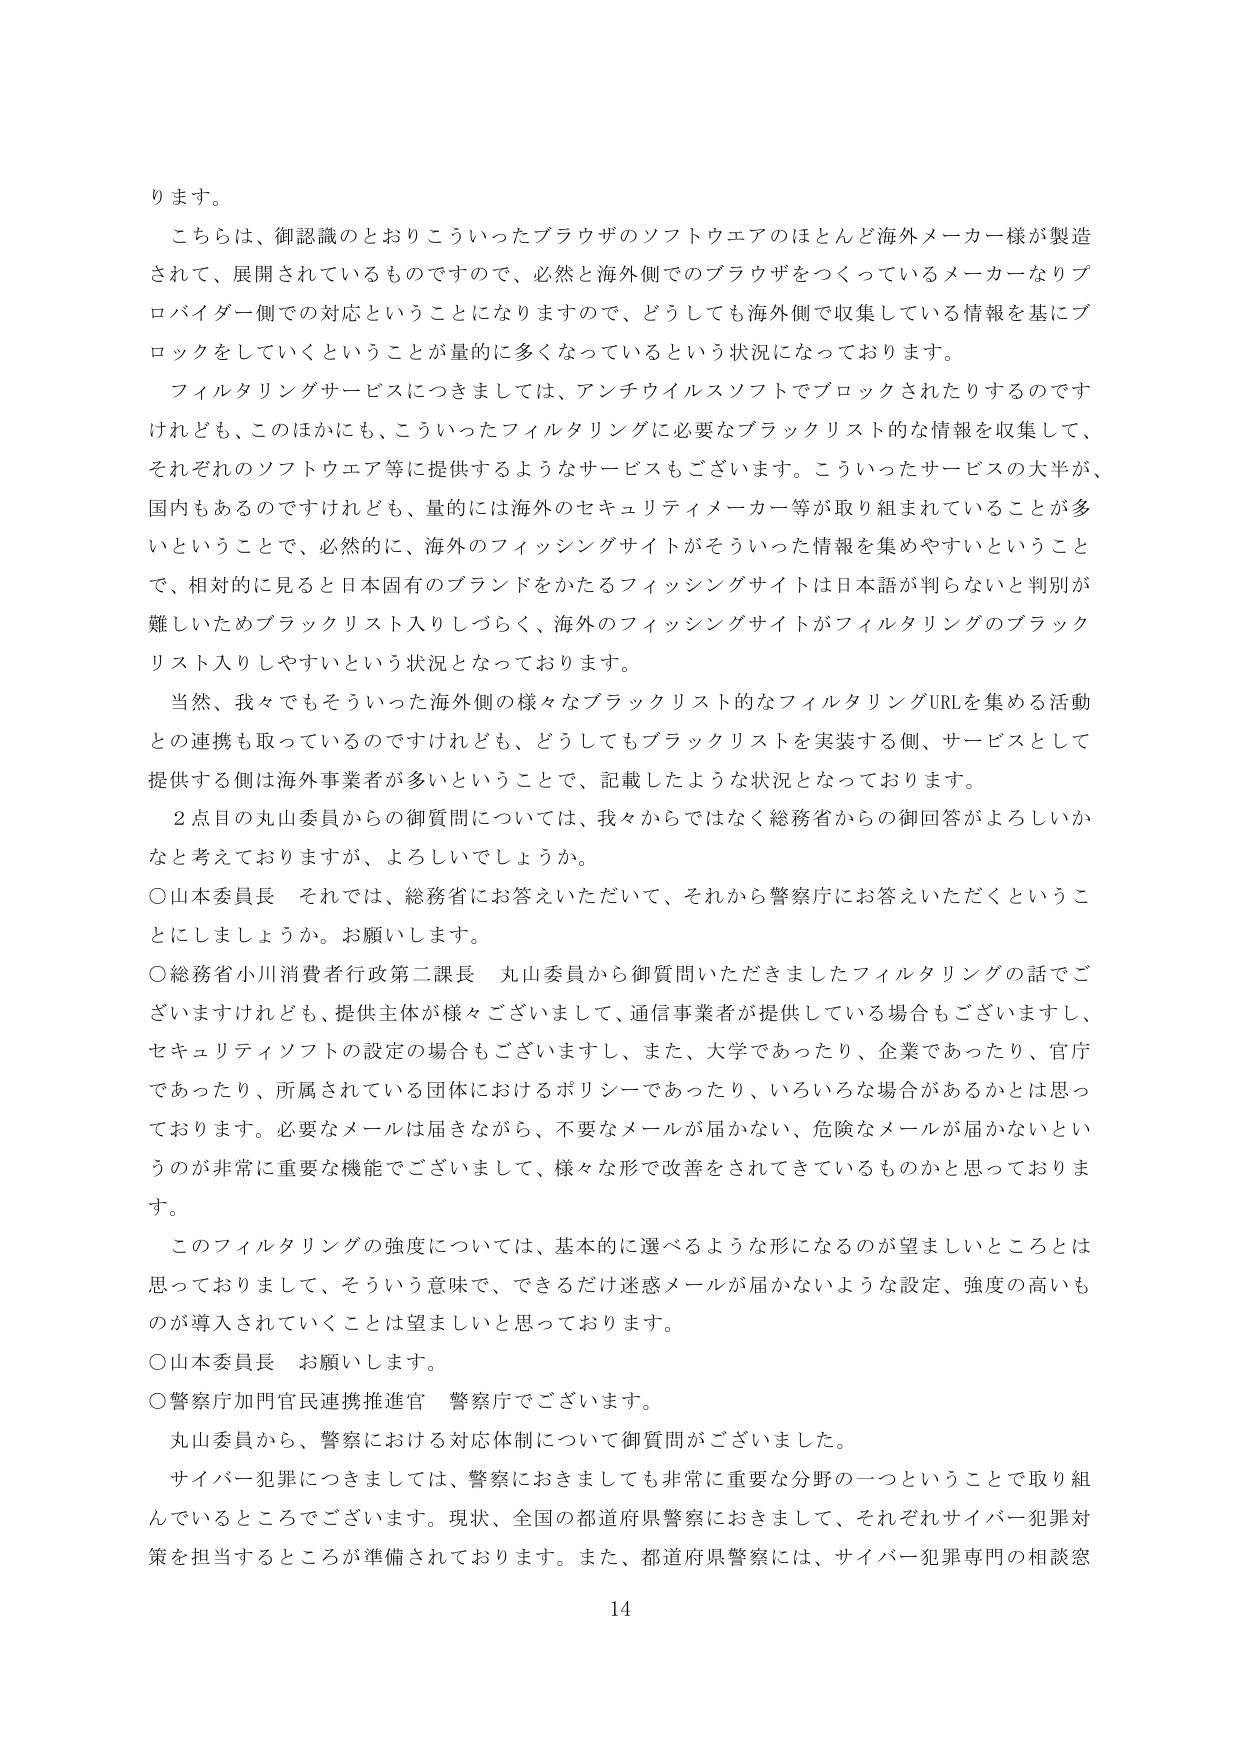
ります。

こちらは、御認識のとおりこういったブラウザのソフトウェアのほとんど海外メーカー様が製造されて、展開されているものですので、必然と海外側でのブラウザをつくっているメーカーなりプロバイダー側での対応ということになりますので、どうしても海外側で収集している情報を基にブロックをしていくということが量的に多くなっているという状況になっております。

フィルタリングサービスにつきましては、アンチウイルスソフトでブロックされたりするのですけれども、このほかにも、こういったフィルタリングに必要なブラックリスト的な情報を収集して、それぞれのソフトウェア等に提供するようなサービスもございます。こういったサービスの大半が、国内もあるのですけれども、量的には海外のセキュリティメーカー等が取り組まれていることが多いということで、必然的に、海外のフィッシングサイトがそういった情報を集めやすいということで、相対的に見ると日本固有のブランドをかたるフィッシングサイトは日本語が判らないと判別が難しいためブラックリスト入りしづらく、海外のフィッシングサイトがフィルタリングのブラックリスト入りしやすいという状況となっております。

当然、我々でもそういった海外側の様々なブラックリスト的なフィルタリングURLを集める活動との連携も取っているのですけれども、どうしてもブラックリストを実装する側、サービスとして提供する側は海外事業者が多いということで、記載したような状況となっております。

２点目の丸山委員からの御質問については、我々からではなく総務省からの御回答がよろしいかなと考えておりますが、よろしいでしょうか。

○山本委員長　それでは、総務省にお答えいただいて、それから警察庁にお答えいただくということにしましょうか。お願いします。

○総務省小川消費者行政第二課長　丸山委員から御質問いただきましたフィルタリングの話でございますけれども、提供主体が様々ございまして、通信事業者が提供している場合もございますし、セキュリティソフトの設定の場合もございますし、また、大学であったり、企業であったり、官庁であったり、所属されている団体におけるポリシーであったり、いろいろな場合があるかとは思っております。必要なメールは届きながら、不要なメールが届かない、危険なメールが届かないというのが非常に重要な機能でございまして、様々な形で改善をされてきているものかと思っております。

このフィルタリングの強度については、基本的に選べるような形になるのが望ましいところとは思っておりまして、そういう意味で、できるだけ迷惑メールが届かないような設定、強度の高いものが導入されていくことは望ましいと思っております。

○山本委員長　お願いします。

○警察庁加門官民連携推進官　警察庁でございます。

丸山委員から、警察における対応体制について御質問がございました。

サイバー犯罪につきましては、警察におきましても非常に重要な分野の一つということで取り組んでいるところでございます。現状、全国の都道府県警察におきまして、それぞれサイバー犯罪対策を担当するところが準備されております。また、都道府県警察には、サイバー犯罪専門の相談窓

14